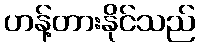
ဟန့်တားနိုင်သည်